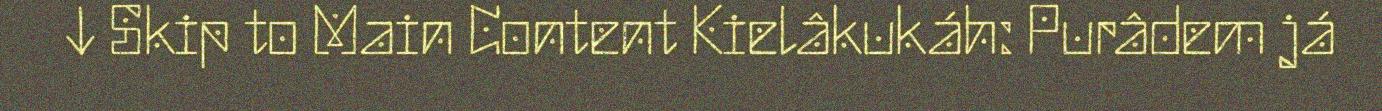
↓ Skip to Main Content Kielâkukáh: Purâdem já